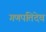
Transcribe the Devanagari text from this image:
गणपतिदेव